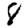
Digit: 8